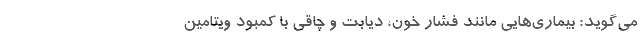
می‌گوید: بیماری‌هایی مانند فشار خون، دیابت و چاقی با کمبود ویتامین